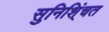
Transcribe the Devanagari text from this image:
सुनिशि्ंचत